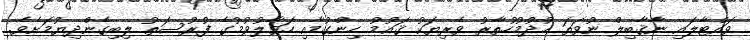
ވައްޓާލައި ނާޤާބިލް ނުވަތަ ޚުދުމުހުތާރު ވެރިޔަކު ޤައުމު ހިންގުމާއި ހަވާލުވުމުގެ ފުރުސަތު ލިބިގެންދިޔުމަށެވެ.